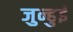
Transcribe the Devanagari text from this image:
जुन्हुई